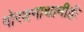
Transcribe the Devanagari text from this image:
गोरक्षनाथानीही